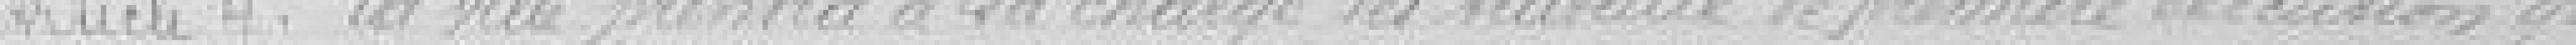
Article quatre. La ville prendra à sa charge les travaux de première exécution qui